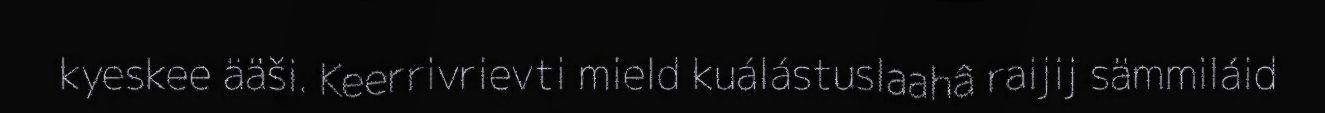
kyeskee ääši. Keerrivrievti mield kuálástuslaahâ raijij sämmiláid